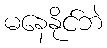
မနေနိုင်ဘဲ